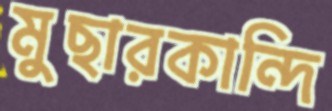
মুছারকান্দি